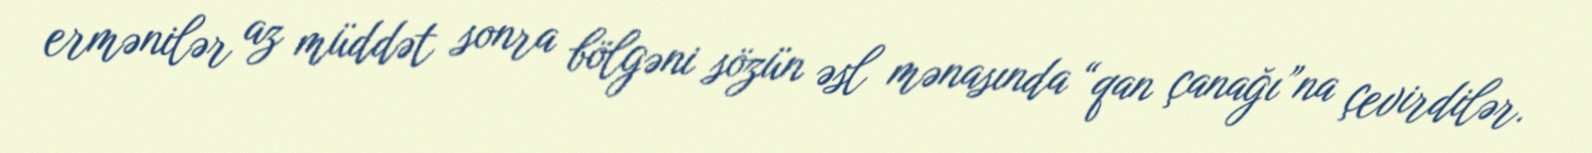
ermənilər az müddət sonra bölgəni sözün əsl mənasında “qan çanağı”na çevirdilər.